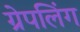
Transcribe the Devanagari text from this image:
ग्रेपलिंग